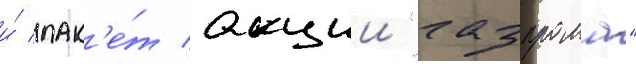
и́ пак'е́т акции "газпрома"